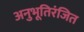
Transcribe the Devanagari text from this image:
अनुभूतिरंजित